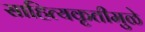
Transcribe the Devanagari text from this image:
साहित्यकृतीमुळे